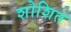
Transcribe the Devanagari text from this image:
शोशित